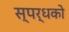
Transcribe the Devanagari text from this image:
स्पर्धको